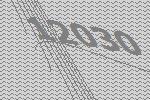
12030